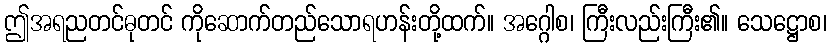
ဤအရညတင်ဓုတင် ကိုဆောက်တည်သောရဟန်းတို့ထက်။ အဂ္ဂေါစ၊ ကြီးလည်းကြီး၏။ သေဋ္ဌောစ၊